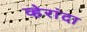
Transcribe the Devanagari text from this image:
व्हेरांदा